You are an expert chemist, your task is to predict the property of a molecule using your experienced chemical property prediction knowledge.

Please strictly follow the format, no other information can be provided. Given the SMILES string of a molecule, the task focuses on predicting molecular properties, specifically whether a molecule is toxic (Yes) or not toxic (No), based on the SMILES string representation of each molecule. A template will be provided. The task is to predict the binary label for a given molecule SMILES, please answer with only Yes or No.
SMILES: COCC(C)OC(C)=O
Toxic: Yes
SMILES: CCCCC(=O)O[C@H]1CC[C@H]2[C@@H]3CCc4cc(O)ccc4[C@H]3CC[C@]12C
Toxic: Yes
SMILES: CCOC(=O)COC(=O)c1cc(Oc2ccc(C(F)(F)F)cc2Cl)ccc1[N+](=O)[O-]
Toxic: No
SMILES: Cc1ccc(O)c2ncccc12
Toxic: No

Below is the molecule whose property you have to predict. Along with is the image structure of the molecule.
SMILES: CCCCOC(=O)C(C)OC(=O)CCC
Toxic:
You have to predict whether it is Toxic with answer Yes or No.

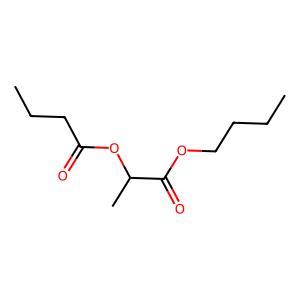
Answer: No